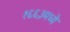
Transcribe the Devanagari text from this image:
१६६३मध्ये